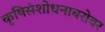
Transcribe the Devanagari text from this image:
कृषिसंशोधनाबरोबर